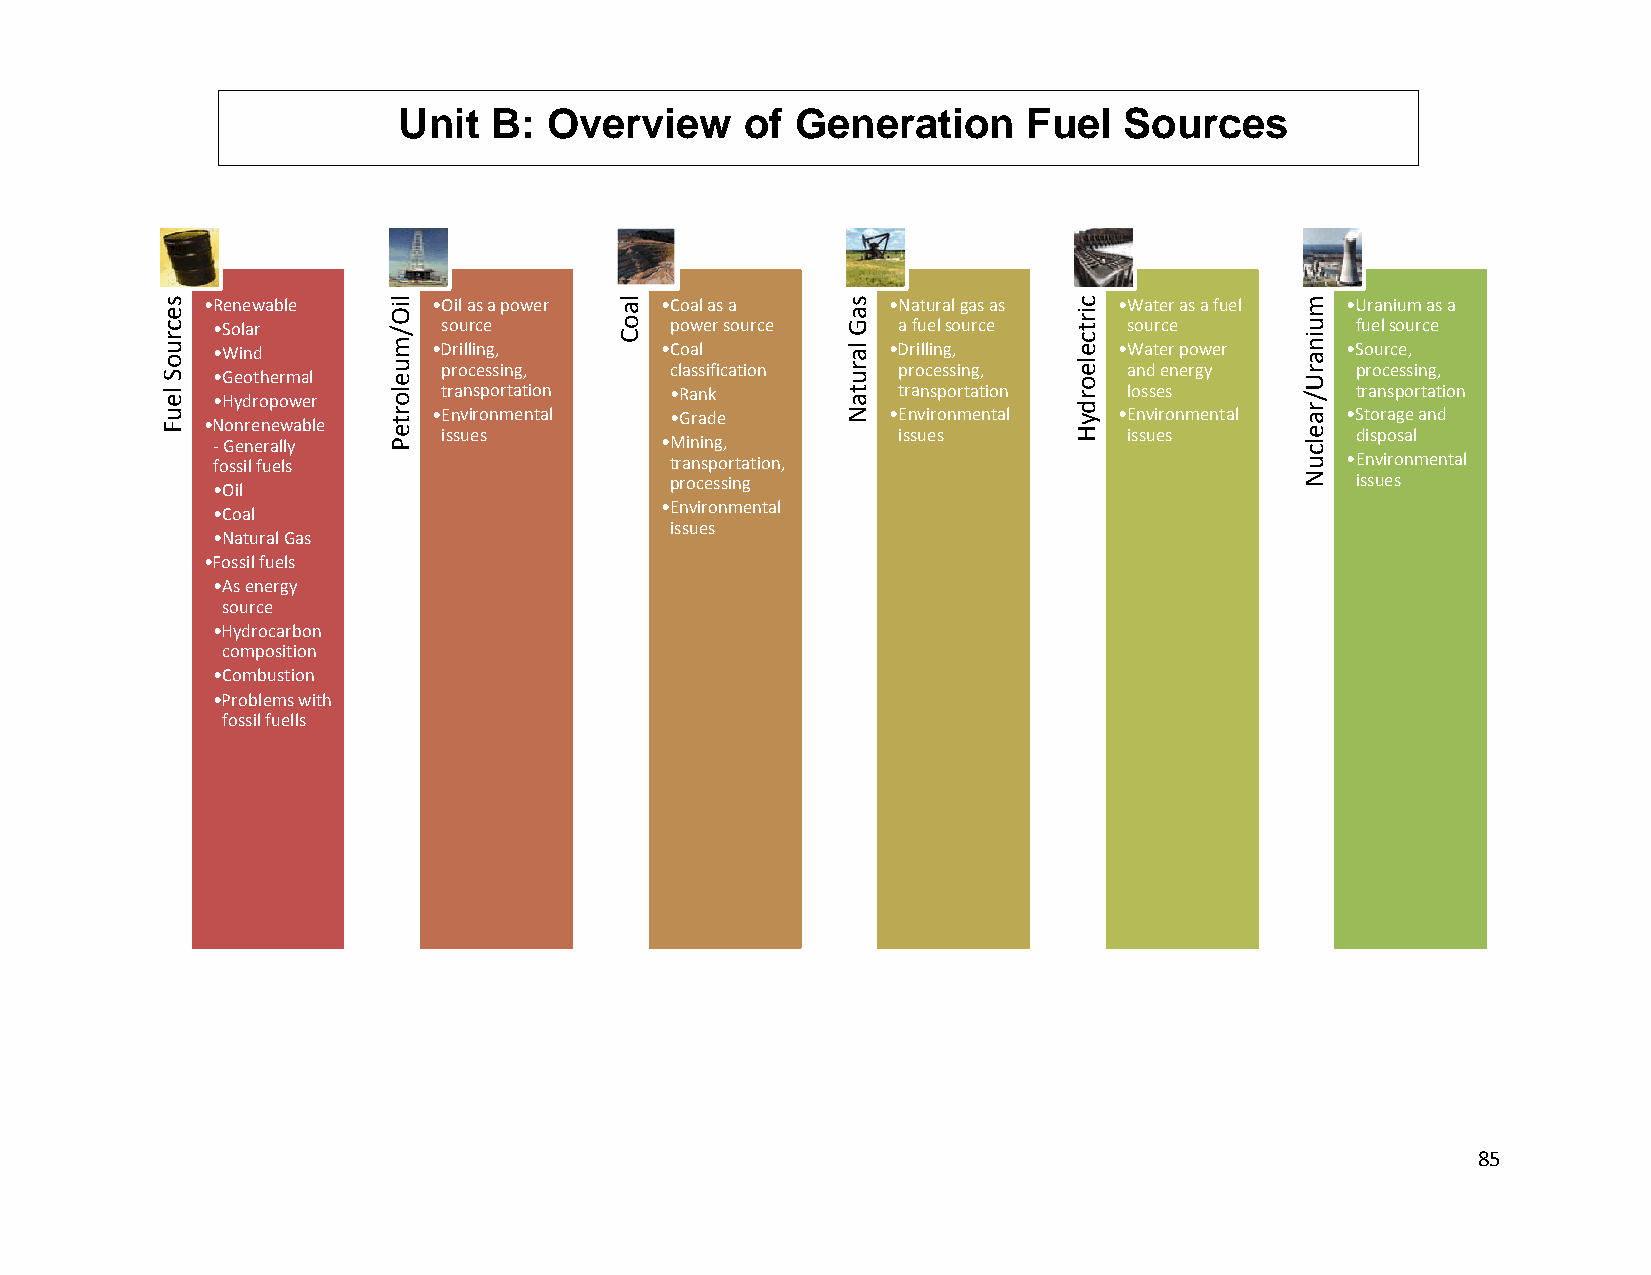
Unit  B:  Oveerview    off Generaation    Fueel Sourcces    f
 G        ti    F    l SS
 •Renewable      •Oil as a power •Coal as a    •Natural gas as •Water as a fueel •Urannium as a
 •Solar         souurce        power sourcee  a fuuel source  source         fuel source
 •Wind          •Drilling,     •Coal          •Drilling,     •Water power   •Sourrce,
 proocessing,   classification processing,     and energy     proccessing,
 •Geothermal
 transportation •Rank          trannsportation losses         transsportation •Hydropoweer
 •Envvironmental •Grade        •Envvironmental •Environmental •Storaage and
 •Nonrenewabble
 issuues                       issuues         issues         dispoosal
 ‐Generally                    •Mining,
 fossil fuels                  transportation,                              •Environmental
 processing                                    issuees
 •Oil
 •Environmentaal
 •Coal
 issues
 •Natural Gass
 •Fossil fuels
 •As energy
 source
 •Hydrocarboon
 compositionn
 •Combustionn
 •Problems wwith
 fossil fuells
 85
 secruoS
 leuF
 liO/muelorteP  laoC           saG
 larutaN
 ciirttcelleorddyHH muinarU/raelcuN